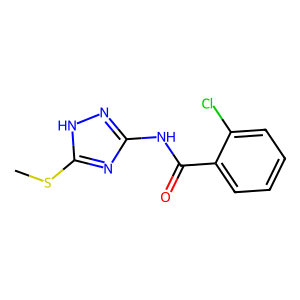
SMILES: CSc1nc(NC(=O)c2ccccc2Cl)n[nH]1
Inhibits HIV replication: No